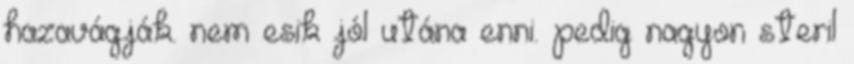
hazavágják. nem esik jól utána enni. pedig nagyon steril